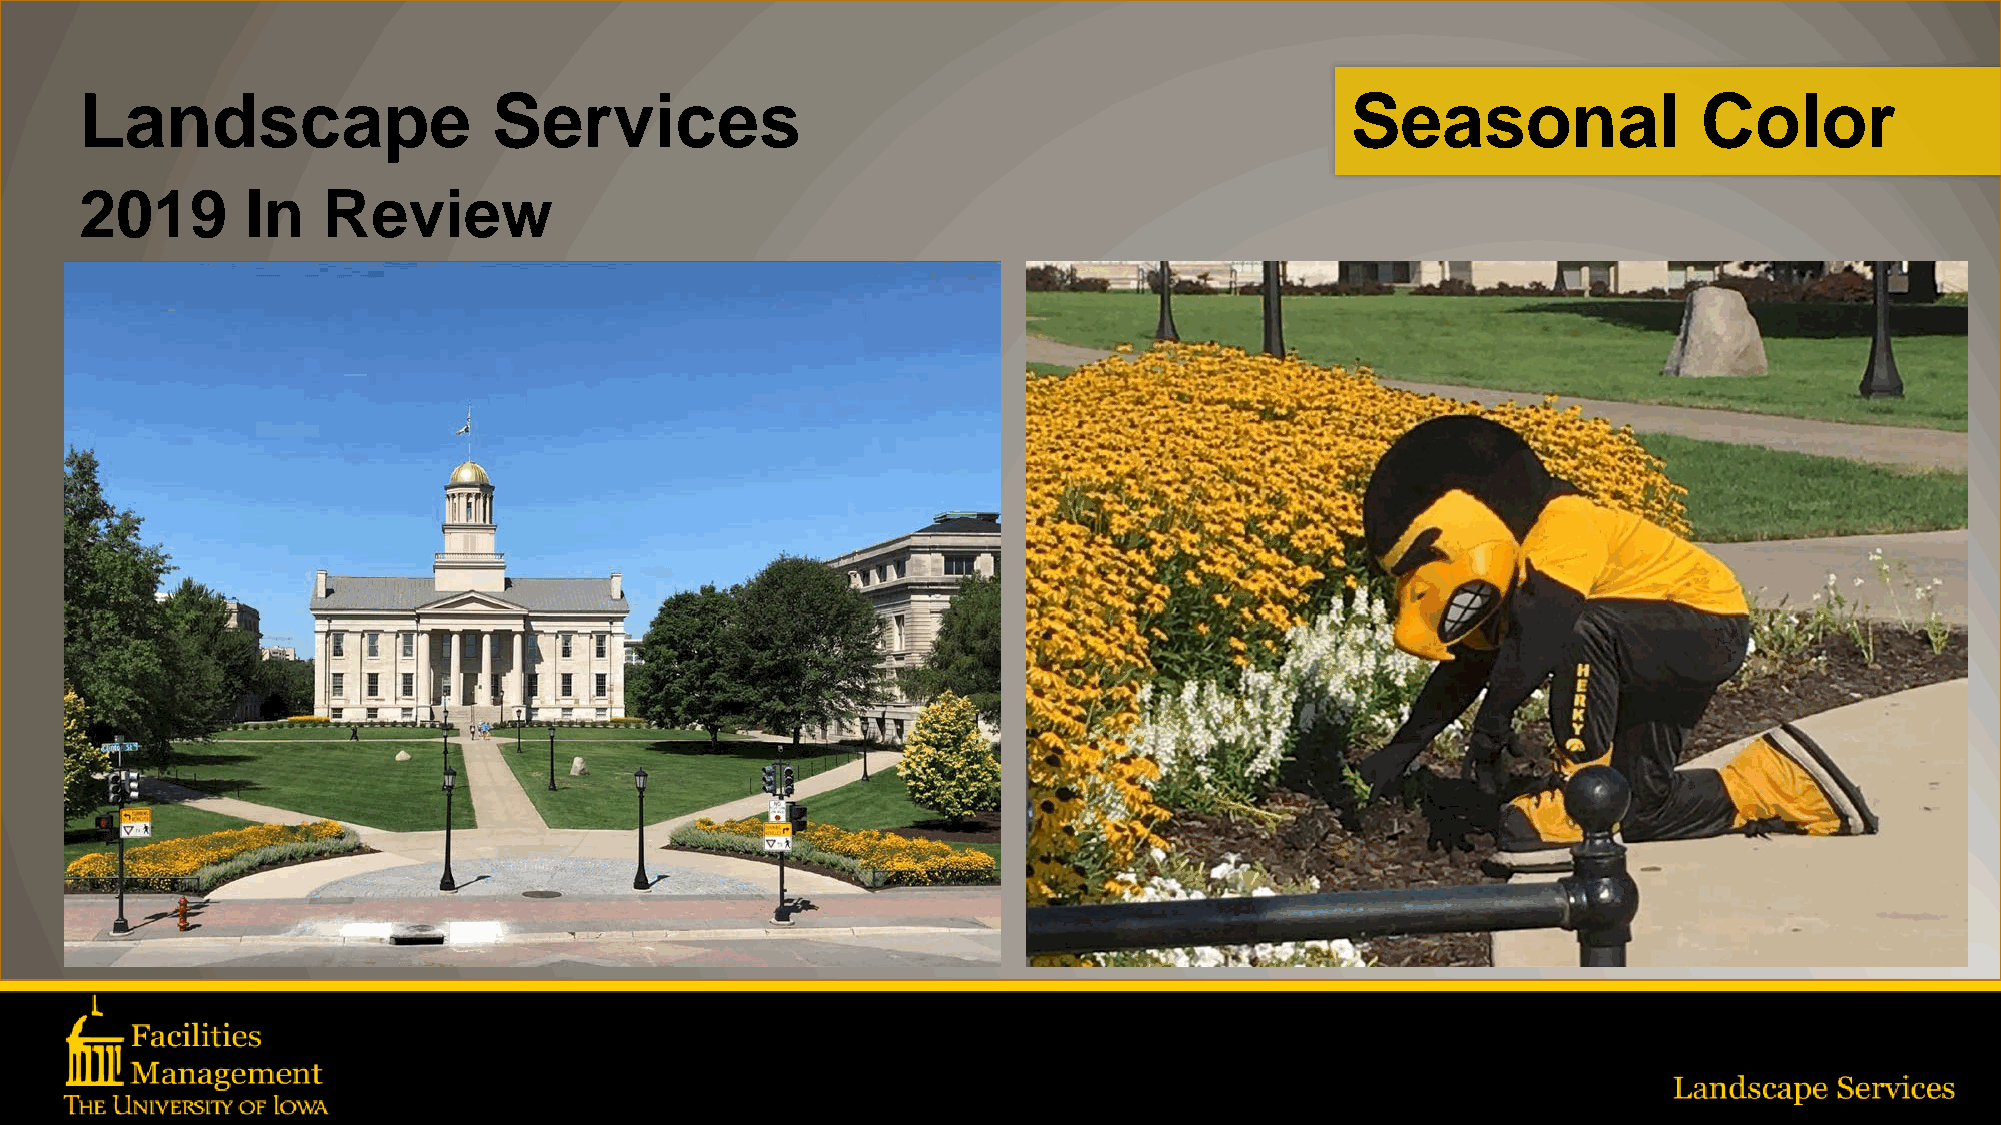
Landscape                   Services                                                Seasonal                Color
 2019       In   Review